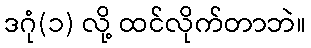
ဒဂုံ(၁) လို့ ထင်လိုက်တာဘဲ။